Civil Veterinary Dept. Assam report 1911-1927 - 1911-1927
Year: 1911
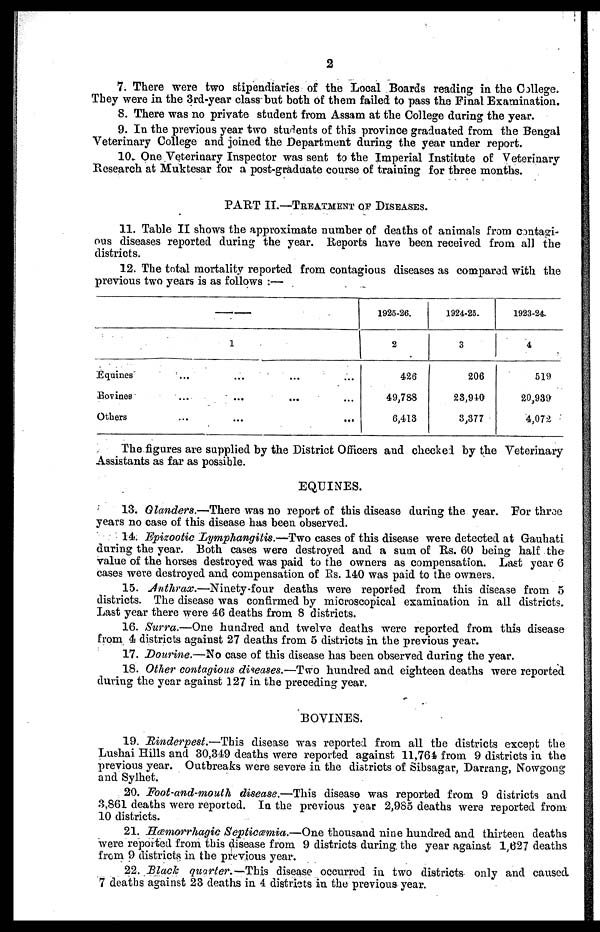
2
7. There were two stipendiaries of the Local Boards reading in the College.
They were in the 3rd-year class but both of them failed to pass the Final Examination.
8. There was no private student from Assam at the College during the year.
9. In the previous year two students of this province graduated from the Bengal
Veterinary College and joined the Department during the year under report.
10. One Veterinary Inspector was sent to the Imperial Institute of Veterinary
Research at Muktesar for a post-graduate course of training for three months.
PART II.—TREATMENT OF DISEASES.
11. Table II shows the approximate number of deaths of animals from contagi-
ous diseases reported during the year. Reports have been received from all the
districts.
12. The total mortality reported from contagious diseases as compared with the
previous two years is as follows :—
1
Equines ... ... ... ...
Bovines ... ... ... ...
Others ... ...
1925-26.
2
426
49,788
6,413
1924-25.
3
206
28,910
3,377
1923-24.
4
519
20,939
4,072
The figures are supplied by the District Officers and checked by the Veterinary
Assistants as far as possible.
EQUINES.
13. Glanders.—There was no report of this disease during the year. For three
years no case of this disease has been observed.
14. Epizootic Lymphangitis.—Two cases of this disease were detected at Gauhati
during the year. Both cases were destroyed and a sum of Rs. 60 being half the
value of the horses destroyed was paid to the owners as compensation. Last year 6
cases were destroyed and compensation of Rs. 140 was paid to the owners.
15. Anthrax.—Ninety-four deaths were reported from this disease from 5
districts. The disease was confirmed by microscopical examination in all districts.
Last year there were 46 deaths from 8 districts.
16. Surra.—One hundred and twelve deaths were reported from this disease
from 4 districts against 27 deaths from 5 districts in the previous year.
17. Dourine.—No case of this disease has been observed during the year.
18. Other contagious diseases.—Two hundred and eighteen deaths were reported
during the year against 127 in the preceding year.
BOVINES.
19. Rinderpest.—This disease was reported from all the districts except the
Lushai Hills and 30,349 deaths were reported against 11,764 from 9 districts in the
previous year. Outbreaks were severe in the districts of Sibsagar, Darrang, Nowgong
and Sylhet.
20. Foot-and-mouth disease.—This disease was reported from 9 districts and
3,861 deaths were reported. In the previous year 2,985 deaths were reported from
10 districts.
21. Hæmorrhagic Septicæmia.—One thousand nine hundred and thirteen deaths
were reported from this disease from 9 districts during the year against 1,627 deaths
from 9 districts in the previous year.
22. Black quarter.—This disease occurred in two districts only and caused
7 deaths against 23 deaths in 4 districts in the previous year.